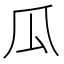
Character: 瓜